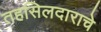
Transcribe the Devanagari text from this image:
तहसिलदाराचे